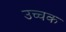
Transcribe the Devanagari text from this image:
उच्चक